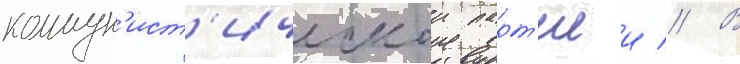
коммун'ист'ическои парт'иеи // В